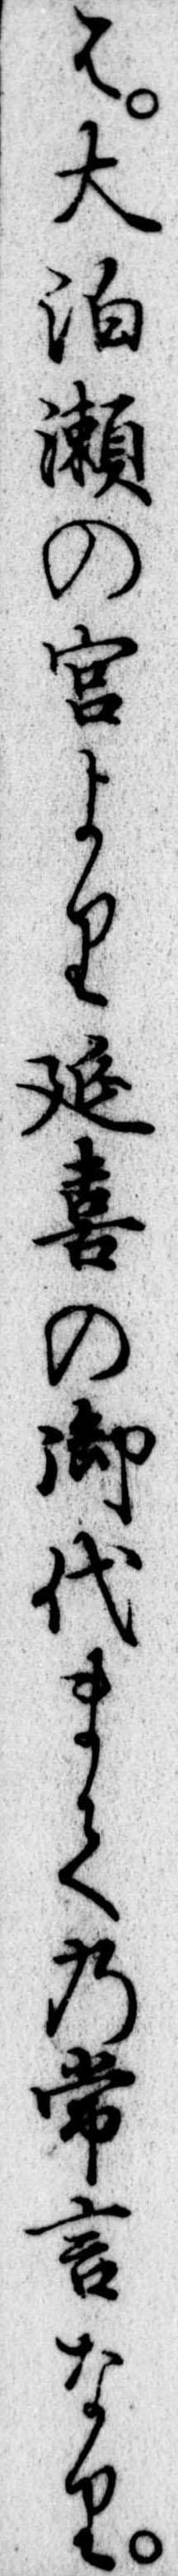
は大泊瀬の宮より延喜の御代まての常言なり